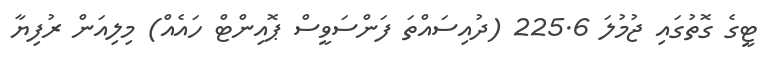
ޓީގެ ގޮތުގައި ޖުމުލަ 225.6 (ދުއިސައްތަ ފަންސަވީސް ޕޮއިންޓް ހައެއް) މިލިއަން ރުފިޔާ